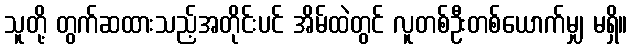
သူတို့ တွက်ဆထားသည့်အတိုင်းပင် အိမ်ထဲတွင် လူတစ်ဦးတစ်ယောက်မျှ မရှိ။